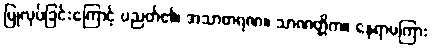
ပြုလုပ်ခြင်းကြောင့် ပညတ်၏၊ အသာဓာရဏ။ သာဏတ္တိက။ နေရာမကြား